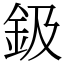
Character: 鈒